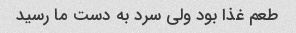
طعم غذا بود ولی سرد به دست ما رسید